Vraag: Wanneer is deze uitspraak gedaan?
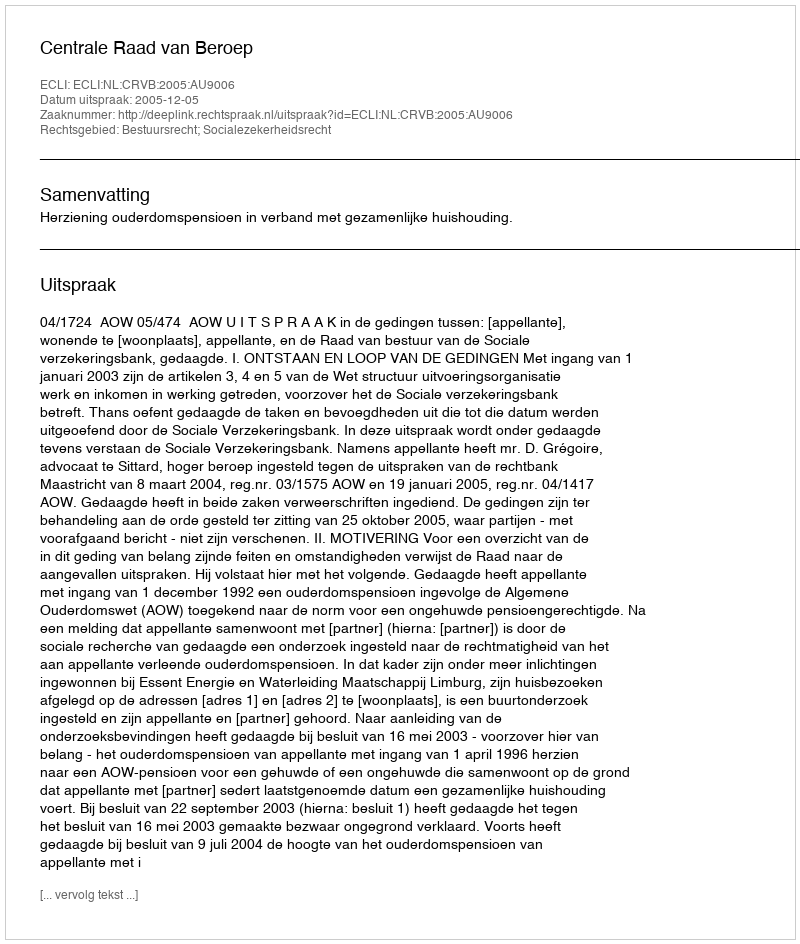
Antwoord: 2005-12-05